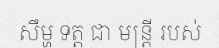
សឹម្ហ ទត្ត ជា មន្ត្រី របស់